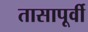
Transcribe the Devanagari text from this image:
तासापूर्वी